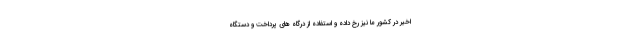
اخیر در کشور ما نیز رخ داده و استفاده از درگاه های پرداخت و دستگاه